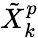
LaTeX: \tilde{X}_{k}^{p}